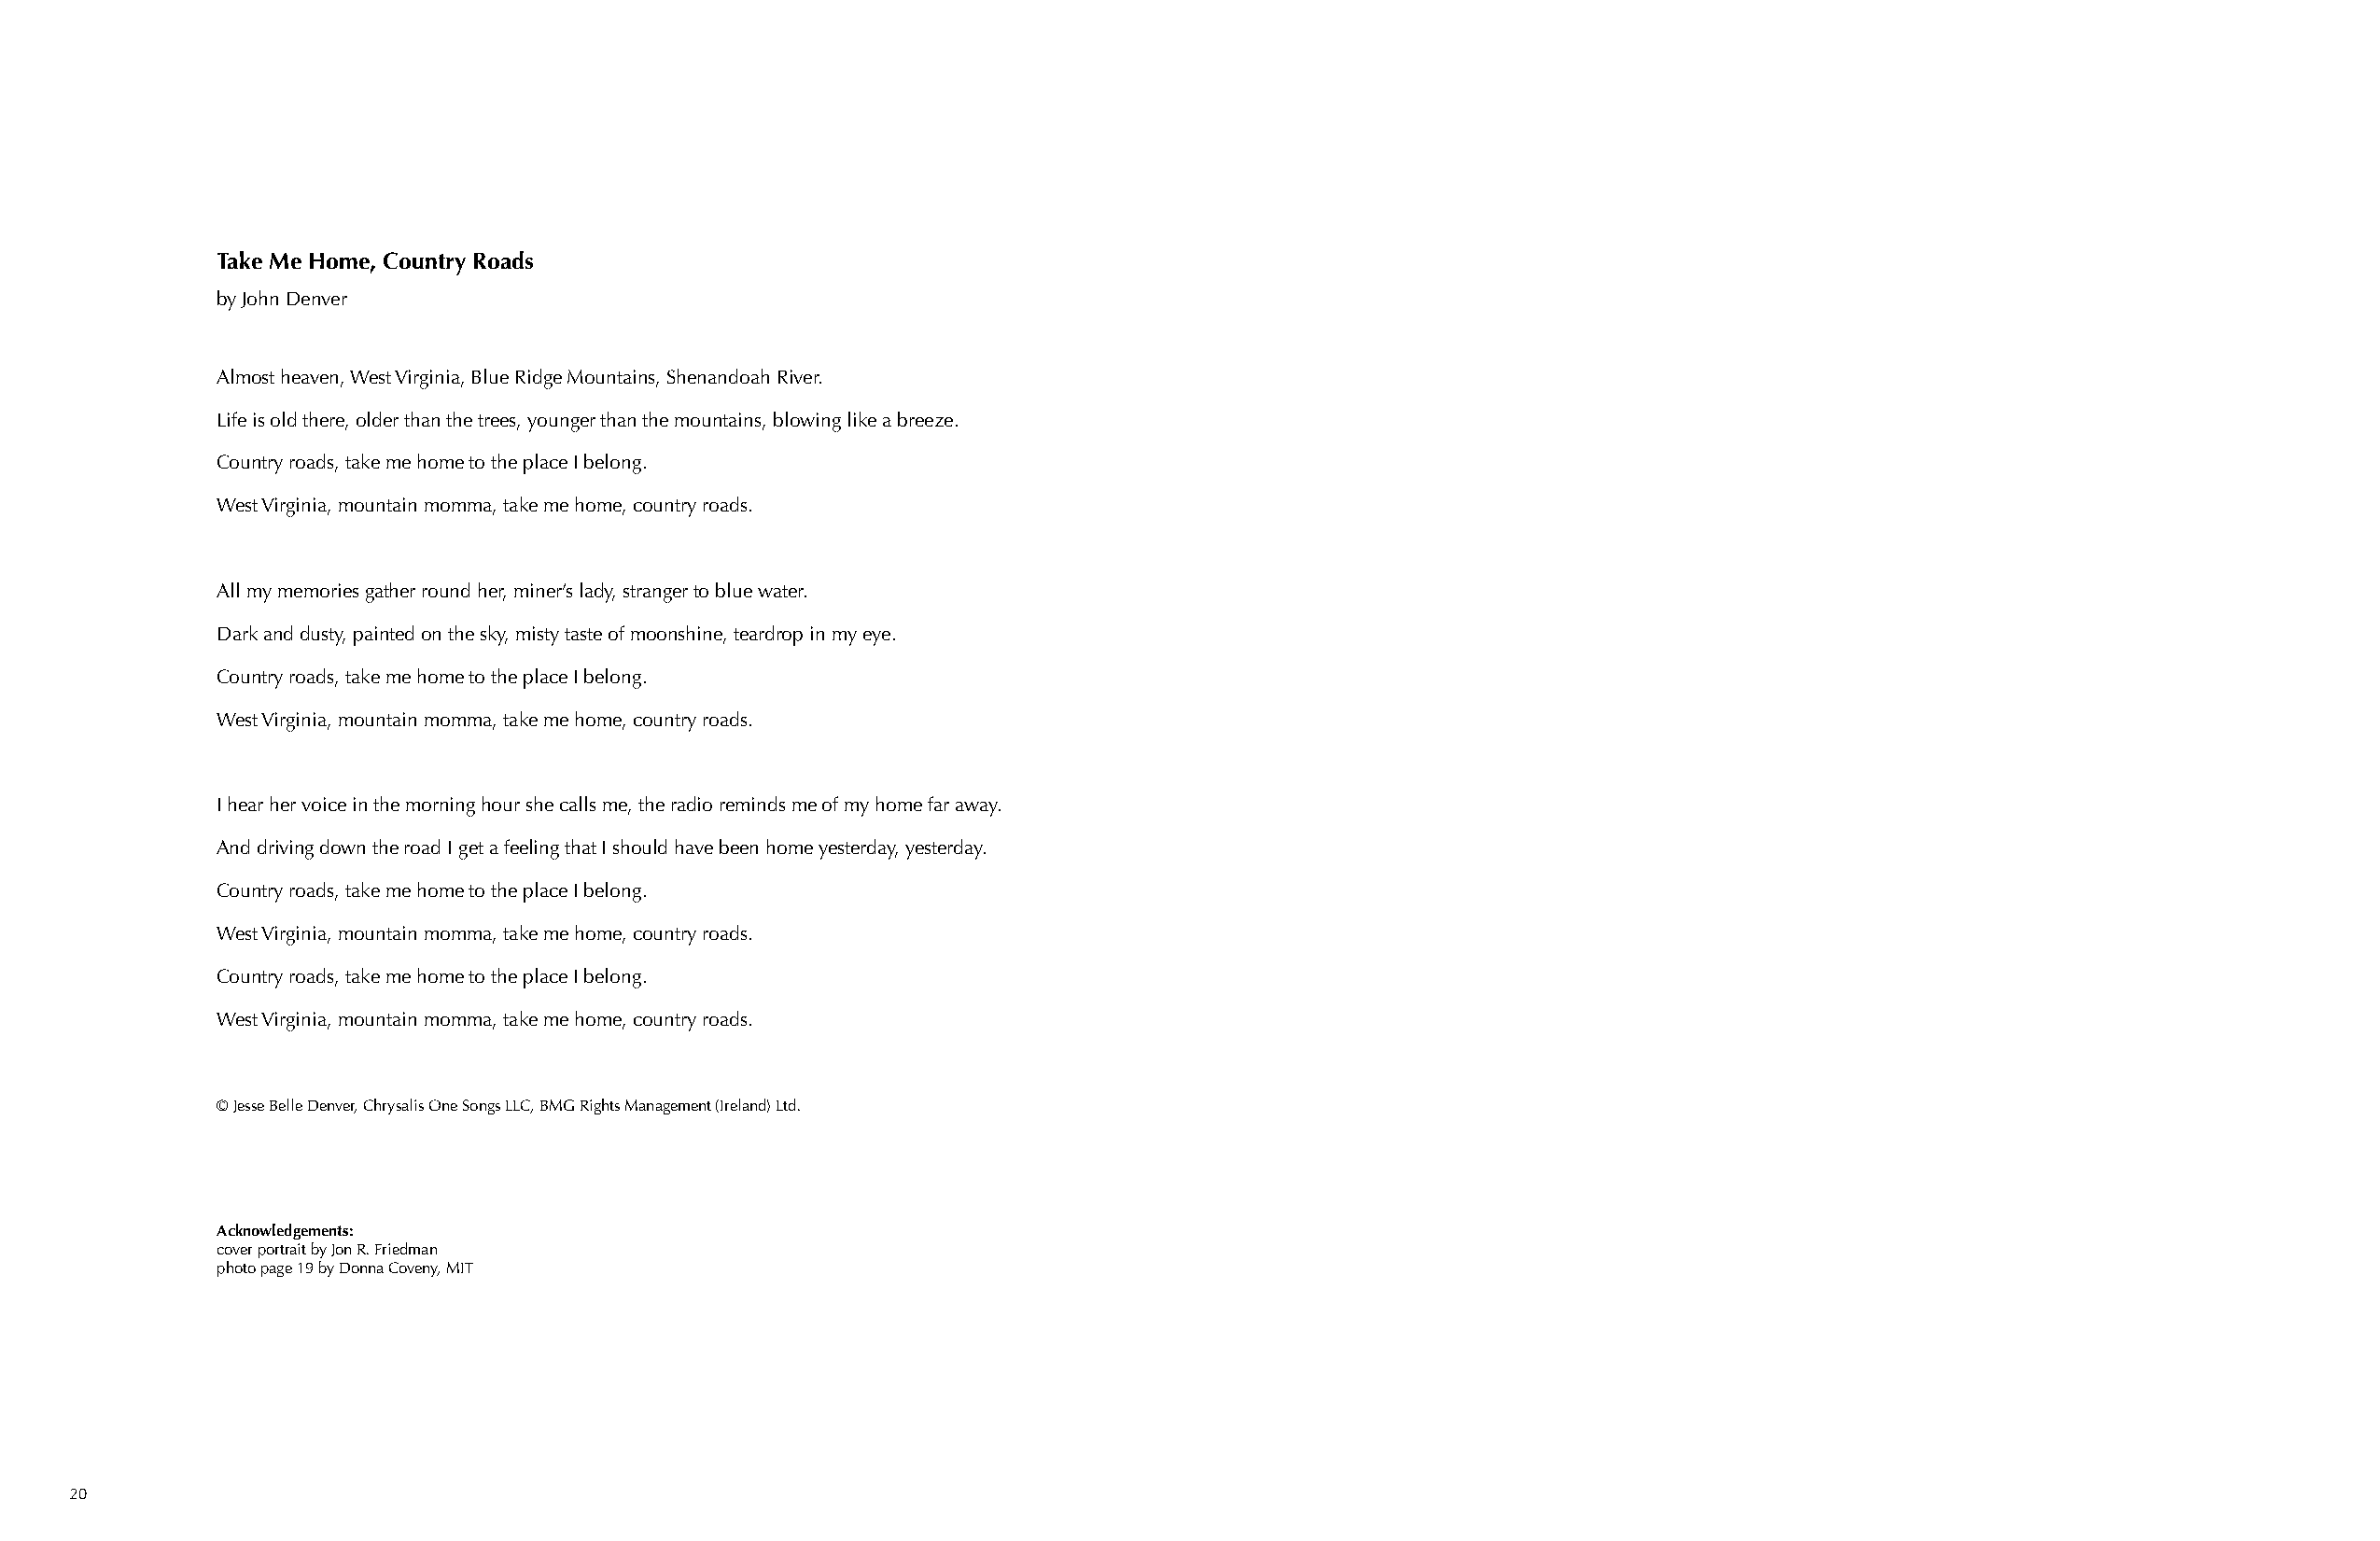
Take Me Home, Country Roads
 by John Denver
 Almost heaven, West Virginia, Blue Ridge Mountains, Shenandoah River.
 Life is old there, older than the trees, younger than the mountains, blowing like a breeze.
 Country roads, take me home to the place I belong.
 West Virginia, mountain momma, take me home, country roads.
 All my memories gather round her, miner’s lady, stranger to blue water.
 Dark and dusty, painted on the sky, misty taste of moonshine, teardrop in my eye.
 Country roads, take me home to the place I belong.
 West Virginia, mountain momma, take me home, country roads.
 I hear her voice in the morning hour she calls me, the radio reminds me of my home far away.
 And driving down the road I get a feeling that I should have been home yesterday, yesterday.
 Country roads, take me home to the place I belong.
 West Virginia, mountain momma, take me home, country roads.
 Country roads, take me home to the place I belong.
 West Virginia, mountain momma, take me home, country roads.
 © Jesse Belle Denver, Chrysalis One Songs LLC, BMG Rights Management (Ireland) Ltd.
 Acknowledgements:
 cover portrait by Jon R. Friedman
 photo page 19 by Donna Coveny, MIT
 20